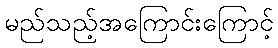
မည်သည့်အကြောင်းကြောင့်